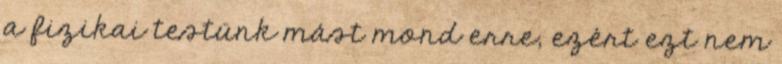
a fizikai testünk mást mond erre, ezért ezt nem